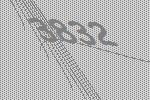
3832